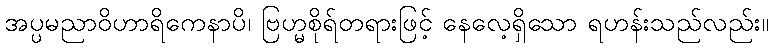
အပ္ပမညာဝိဟာရိကေနာပိ၊ ဗြဟ္မစိုရ်တရားဖြင့် နေလေ့ရှိသော ရဟန်းသည်လည်း။